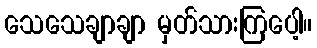
သေသေချာချာ မှတ်သားကြပေါ့။